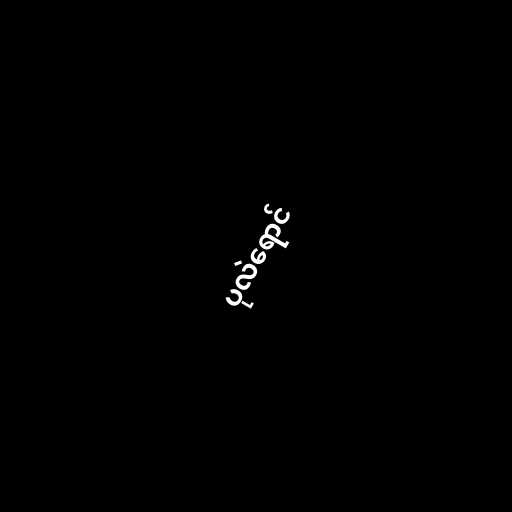
ပုလဲရောင်